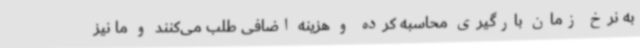
به نرخ زمان بارگیری محاسبه کرده و هزینه اضافی طلب می‌کنند و ما نیز